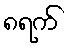
၈ရက်